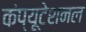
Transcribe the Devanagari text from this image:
कंप्‍यूटेशनल